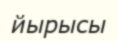
йырысы